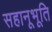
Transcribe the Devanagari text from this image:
सहानूभूति